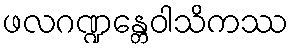
ဖလဂဏ္ဍန္တေဝါသိကဿ